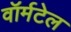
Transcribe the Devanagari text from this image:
वॉर्मटेल